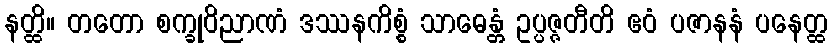
နတ္ထိ။ တတော စက္ခုဝိညာဏံ ဒဿနကိစ္စံ သာဓေန္တံ ဥပ္ပဇ္ဇတီတိ ဧဝံ ပဇာနနံ ပနေတ္ထ